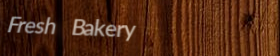
Fresh Bakery